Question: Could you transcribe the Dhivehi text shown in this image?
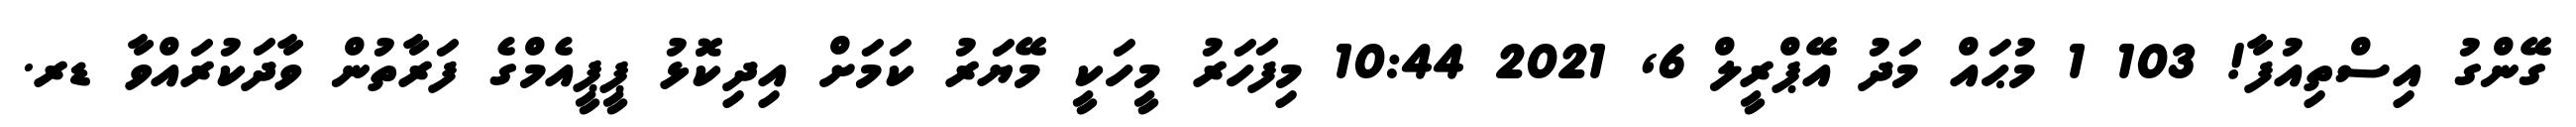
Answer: ގޭންގު އިސްތިއުފާ! 103 1 މުޙައް މަދު އޭޕްރީލް 6, 2021 10:44 މިފަހަރު މީހަކީ މޭޔަރު ކަމަށް އިދިކޮޅު ޕީޕީއެމްގެ ފަރާތުން ވާދަކުރައްވާ ޑރ.